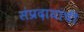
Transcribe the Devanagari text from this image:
संप्रदायांची